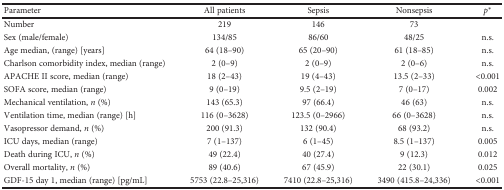
<table><thead><tr><td><b>Parameter</b></td><td><b>All patients</b></td><td><b>Sepsis</b></td><td><b>Nonsepsis</b></td><td><b><i>p</i><sup>∗</sup></b></td></tr></thead><tbody><tr><td>Number</td><td>219</td><td>146</td><td>73</td><td></td></tr><tr><td>Sex (male/female)</td><td>134/85</td><td>86/60</td><td>48/25</td><td>n.s.</td></tr><tr><td>Age median, (range) [years]</td><td>64 (18–90)</td><td>65 (20–90)</td><td>61 (18–85)</td><td>n.s.</td></tr><tr><td>Charlson comorbidity index, median (range)</td><td>2 (0–9)</td><td>2 (0–9)</td><td>2 (0–6)</td><td>n.s.</td></tr><tr><td>APACHE II score, median (range)</td><td>18 (2–43)</td><td>19 (4–43)</td><td>13.5 (2–33)</td><td>&lt;0.001</td></tr><tr><td>SOFA score, median (range)</td><td>9 (0–19)</td><td>9.5 (2–19)</td><td>7 (0–17)</td><td>0.002</td></tr><tr><td>Mechanical ventilation, <i>n</i> (%)</td><td>143 (65.3)</td><td>97 (66.4)</td><td>46 (63)</td><td>n.s.</td></tr><tr><td>Ventilation time, median (range) [h]</td><td>116 (0–3628)</td><td>123.5 (0–2966)</td><td>66 (0–3628)</td><td>n.s.</td></tr><tr><td>Vasopressor demand, <i>n</i> (%)</td><td>200 (91.3)</td><td>132 (90.4)</td><td>68 (93.2)</td><td>n.s.</td></tr><tr><td>ICU days, median (range)</td><td>7 (1–137)</td><td>6 (1–45)</td><td>8.5 (1–137)</td><td>0.005</td></tr><tr><td>Death during ICU, <i>n</i> (%)</td><td>49 (22.4)</td><td>40 (27.4)</td><td>9 (12.3)</td><td>0.012</td></tr><tr><td>Overall mortality, <i>n</i> (%)</td><td>89 (40.6)</td><td>67 (45.9)</td><td>22 (30.1)</td><td>0.025</td></tr><tr><td>GDF-15 day 1, median (range) [pg/mL]</td><td>5753 (22.8–25,316)</td><td>7410 (22.8–25,316)</td><td>3490 (415.8–24,336)</td><td>&lt;0.001</td></tr></tbody></table>